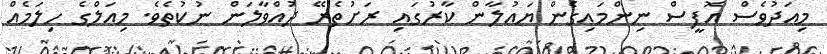
މިއަދުވެސް އޮފީސް ނިންމައިގެން ޔައުލާން ކާރުގައި ރަށުތެރޭ ދުއްވާލަން ނުކުތެވެ. މިއަލްގެ ހިލަމެއް